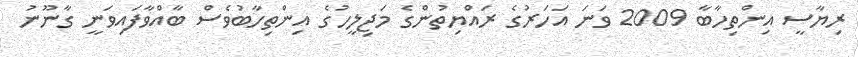
ރިޔާސީ އިންތިހާބާ 2009 ވަނަ އަހަރުގެ ރައްޔިތުންގެ މަޖިލީހުގެ އިންތިހާބުވެސް ބާއްވާފައިވަނީ ގާނޫނު